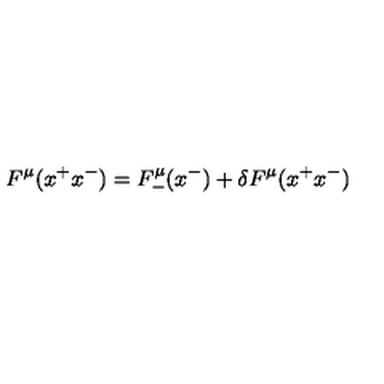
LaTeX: F ^ { \mu } ( x ^ { + } x ^ { - } ) = F _ { - } ^ { \mu } ( x ^ { - } ) + \delta F ^ { \mu } ( x ^ { + } x ^ { - } )